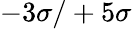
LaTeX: -3\sigma/+5\sigma